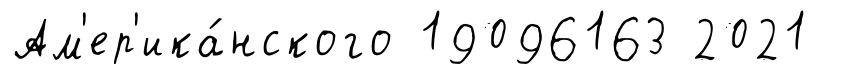
Ам'ер'ика́нского 19096163 2021